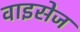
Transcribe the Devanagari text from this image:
वाइसेज